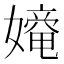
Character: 𡢧